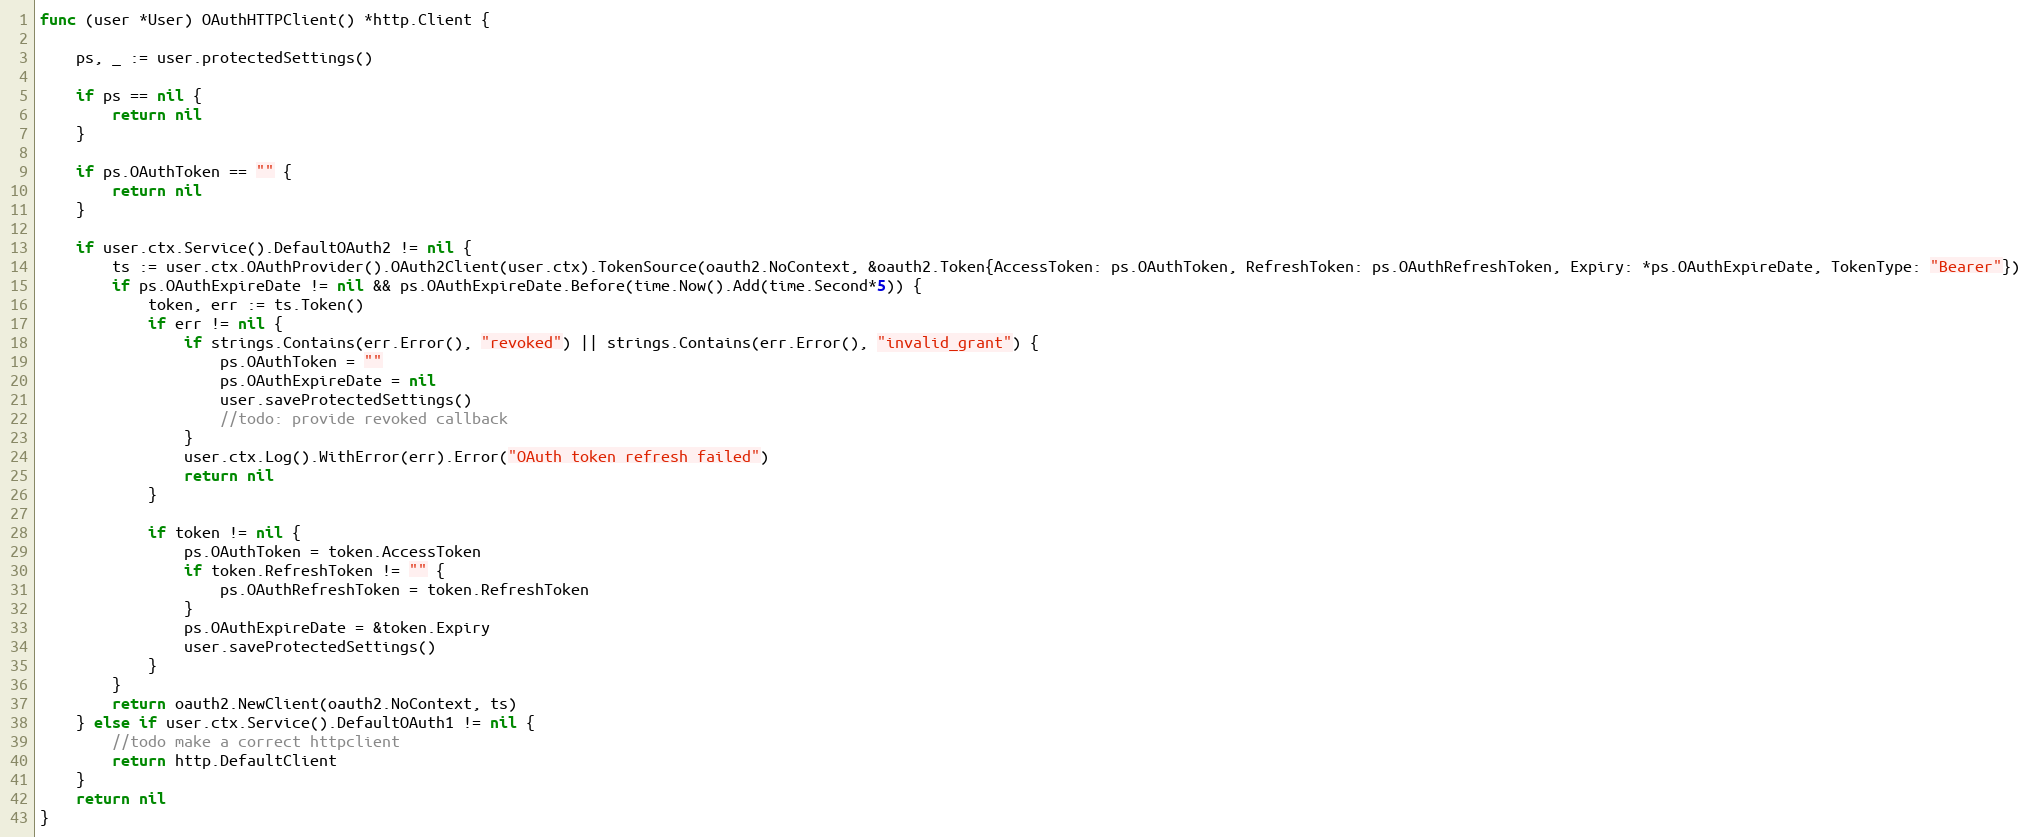
Language: Go
func (user *User) OAuthHTTPClient() *http.Client {

	ps, _ := user.protectedSettings()

	if ps == nil {
		return nil
	}

	if ps.OAuthToken == "" {
		return nil
	}

	if user.ctx.Service().DefaultOAuth2 != nil {
		ts := user.ctx.OAuthProvider().OAuth2Client(user.ctx).TokenSource(oauth2.NoContext, &oauth2.Token{AccessToken: ps.OAuthToken, RefreshToken: ps.OAuthRefreshToken, Expiry: *ps.OAuthExpireDate, TokenType: "Bearer"})
		if ps.OAuthExpireDate != nil && ps.OAuthExpireDate.Before(time.Now().Add(time.Second*5)) {
			token, err := ts.Token()
			if err != nil {
				if strings.Contains(err.Error(), "revoked") || strings.Contains(err.Error(), "invalid_grant") {
					ps.OAuthToken = ""
					ps.OAuthExpireDate = nil
					user.saveProtectedSettings()
					//todo: provide revoked callback
				}
				user.ctx.Log().WithError(err).Error("OAuth token refresh failed")
				return nil
			}

			if token != nil {
				ps.OAuthToken = token.AccessToken
				if token.RefreshToken != "" {
					ps.OAuthRefreshToken = token.RefreshToken
				}
				ps.OAuthExpireDate = &token.Expiry
				user.saveProtectedSettings()
			}
		}
		return oauth2.NewClient(oauth2.NoContext, ts)
	} else if user.ctx.Service().DefaultOAuth1 != nil {
		//todo make a correct httpclient
		return http.DefaultClient
	}
	return nil
}